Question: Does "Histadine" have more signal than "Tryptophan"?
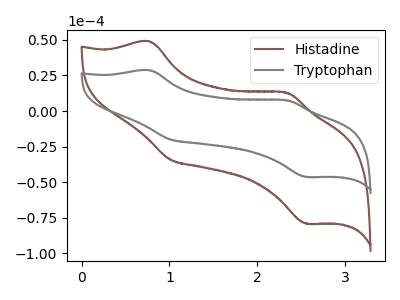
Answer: <think>The brown curve "Histadine" has anodic peaks at (0.75V, 49.00uA) (2.35V, 12.85uA) and cathodic peaks at (1.00V, -34.20uA) (2.55V, -79.15uA). The gray curve "Tryptophan" has anodic peaks at (0.75V, 28.70uA) (2.35V, 7.50uA) and cathodic peaks at (1.00V, -20.05uA) (2.55V, -46.35uA).
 All the peaks in "Histadine" have a peak in "Tryptophan" at the same potential. Every peak in "Histadine" is higher than every peak in "Tryptophan".</think>
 <answer>"Histadine" has more signal than "Tryptophan".</answer>
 <eval>more_signal</eval>